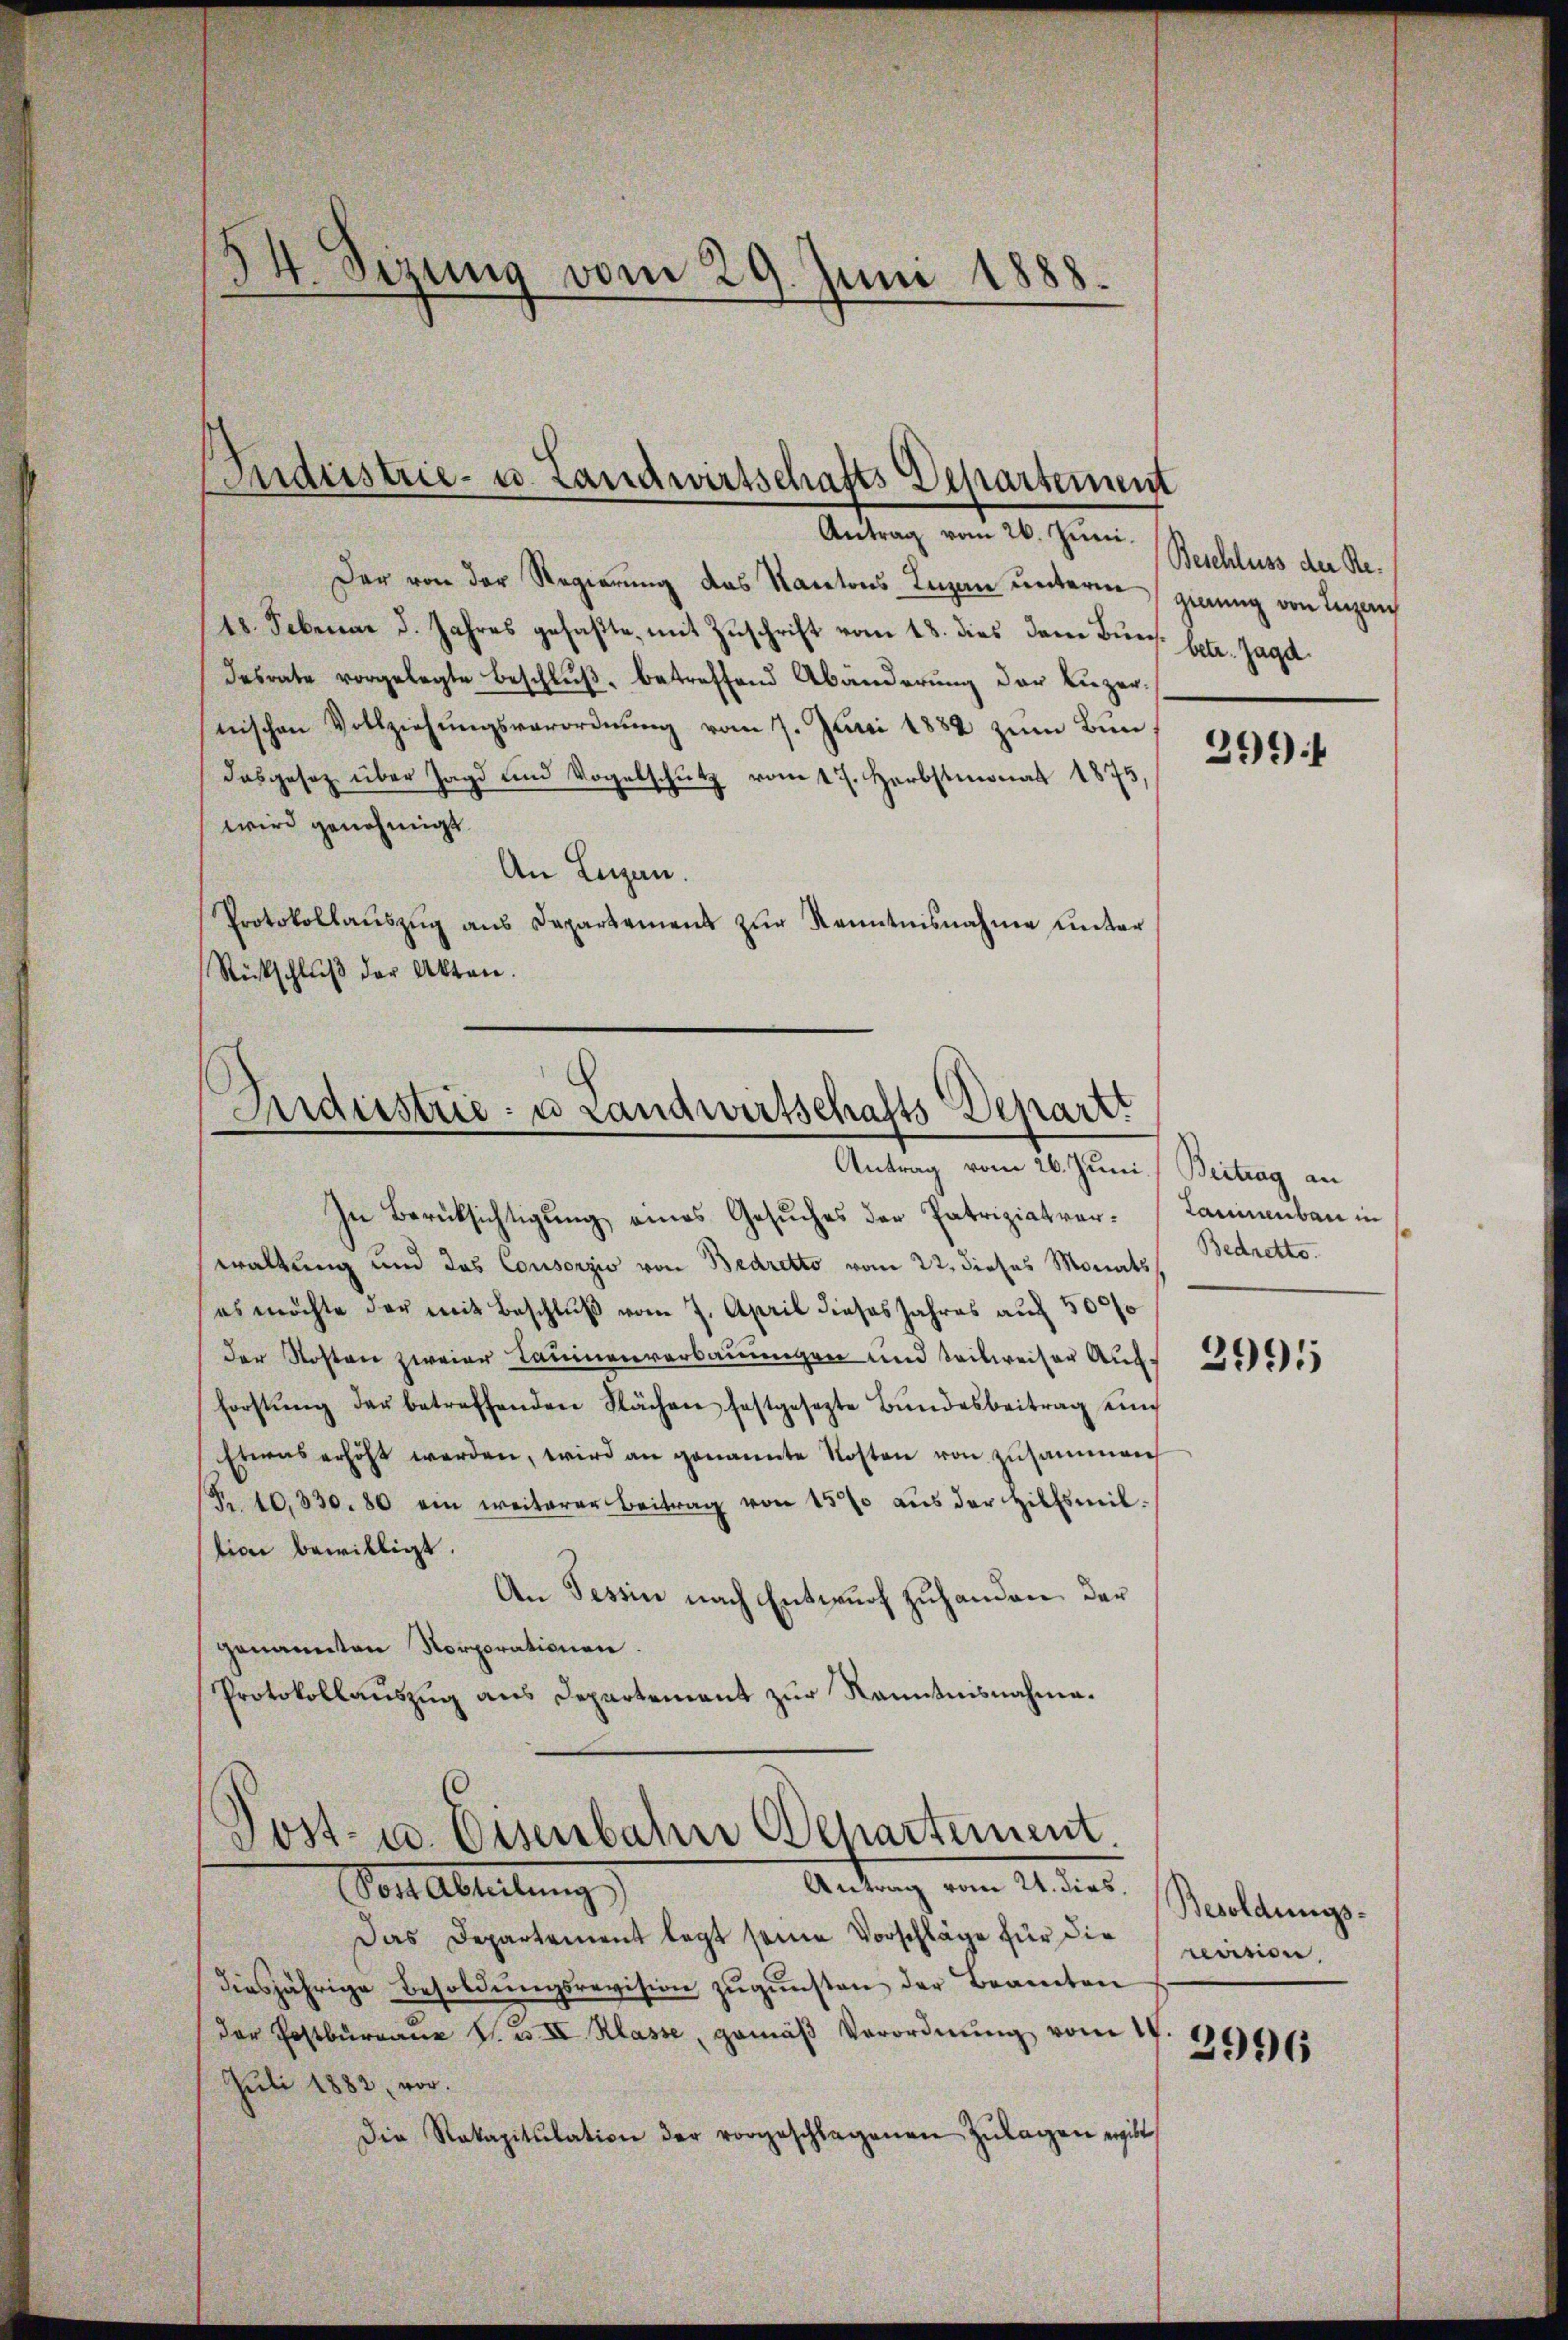
14. Sizung vom 29. Juni 1888.

Industrie- u. Landwirtschafts Departement

Antrag vom 26. Juni.
Der von der Regierung das Kantons Luzan unterm genung von Inzaus
18. Februar d. Jahres gefaßte, mit Zuschrift vom 18. dies dem Bürs. betr. Jagd
desrate vorgelegte Beschluß, betreffend Abänderung der Liezernischen Vollziehungsverordnung vom 7. Juni 1882 zum Bundasgesetz über Jagd und Vogelschütz vom 17. Herbstmonat 1875.
wird genehmigt.
An Lugan.
Protokollaŭszŭg ans Departement zŭr Kenntnisnahme unter
Rückschlŭβ der Akten.

Industrie u Landwirtschafts-Departt
Antrag vom 26. Juni (Beitrag an

Post- u. Eisenbahn Departement
Antrag vom 21. dies.

In Berücksichtigung eines Gesuches der Patriziatver-Laminenbau in
waltung und das Consorzio von Bedretto vom 22. dieses Monats
es möchte der mit Beschlŭβ vom 7. April dieses Jahres aŭf 5000
der Kosten zweier Launenverbauungen und teilweiser Auf¬
Forstŭng der betreffenden Fächen festgesezte Bŭndesbeitrag und
Etwas erhöht werden, wird an genannte Kosten von zusammen
(R. 10,330. 80 ein weiterer Beitrag von 1500 aŭs der Hilfsmit-
tion bewilligt.
An Tessin nach Entwurf zuhanden. Der
genannten Norporationen
Protokollauszug aus Departement zur Kenntnisnahme.

Von Abreitung,
Das Departement legt seine Vorschläge für die
diesjährige Besoldungsrevision zugunsten der Beamten
der Postbürgane V. u. II Klasse, gemäβ Verordnŭng vom 14.
Juli 1882, vor.
Die Rakapitulation der vorgeschlagenen Zŭlagen ergibt

Beschluss der Re¬

3994

Bedretto.

3991

Besoldungsrevision.

2996